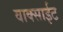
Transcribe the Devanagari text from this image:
वाक्साईट